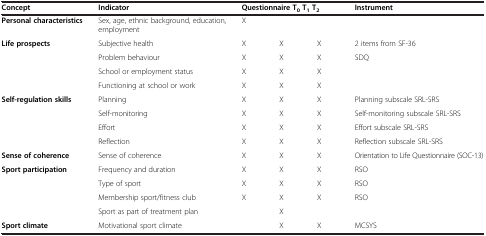
<table><thead><tr><td><b>Concept</b></td><td><b>Indicator</b></td><td colspan="3"><b>Questionnaire T<sub>0 </sub>T<sub>1 </sub>T<sub>2</sub></b></td><td><b>Instrument</b></td></tr></thead><tbody><tr><td><b>Personal characteristics</b></td><td>Sex, age, ethnic background, education, employment</td><td>X</td><td> </td><td> </td><td> </td></tr><tr><td><b>Life prospects</b></td><td>Subjective health</td><td>X</td><td>X</td><td>X</td><td>2 items from SF-36</td></tr><tr><td> </td><td>Problem behaviour</td><td>X</td><td>X</td><td>X</td><td>SDQ</td></tr><tr><td> </td><td>School or employment status</td><td>X</td><td>X</td><td>X</td><td> </td></tr><tr><td> </td><td>Functioning at school or work</td><td>X</td><td>X</td><td>X</td><td> </td></tr><tr><td><b>Self-regulation skills</b></td><td>Planning</td><td>X</td><td>X</td><td>X</td><td>Planning subscale SRL-SRS</td></tr><tr><td> </td><td>Self-monitoring</td><td>X</td><td>X</td><td>X</td><td>Self-monitoring subscale SRL-SRS</td></tr><tr><td> </td><td>Effort</td><td>X</td><td>X</td><td>X</td><td>Effort subscale SRL-SRS</td></tr><tr><td> </td><td>Reflection</td><td>X</td><td>X</td><td>X</td><td>Reflection subscale SRL-SRS</td></tr><tr><td><b>Sense of coherence</b></td><td>Sense of coherence</td><td>X</td><td>X</td><td>X</td><td>Orientation to Life Questionnaire (SOC-13)</td></tr><tr><td><b>Sport participation</b></td><td>Frequency and duration</td><td>X</td><td>X</td><td>X</td><td>RSO</td></tr><tr><td> </td><td>Type of sport</td><td>X</td><td>X</td><td>X</td><td>RSO</td></tr><tr><td> </td><td>Membership sport/fitness club</td><td>X</td><td>X</td><td>X</td><td>RSO</td></tr><tr><td> </td><td colspan="2">Sport as part of treatment plan</td><td>X</td><td> </td><td> </td></tr><tr><td><b>Sport climate</b></td><td colspan="2">Motivational sport climate</td><td>X</td><td>X</td><td>MCSYS</td></tr></tbody></table>